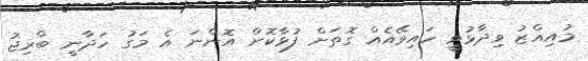
މުއިއްޒު ވިދާޅުވީ ހައިވޭއެއް ގޮތަށް ފުޅާކޮށް އޮންނަ އެ މަގު ހަދާނީ ބްރިޖު